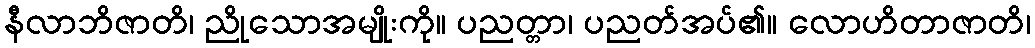
နီလာဘိဇာတိ၊ ညိုသောအမျိုးကို။ ပညတ္တာ၊ ပညတ်အပ်၏။ လောဟိတာဇာတိ၊